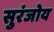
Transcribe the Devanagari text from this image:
सुरंजोय